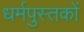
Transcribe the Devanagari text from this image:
धर्मपुस्तकों